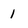
Character: 1